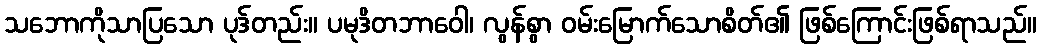
သဘောကိုသာပြသော ပုဒ်တည်း။ ပမုဒိတဘာဝေါ၊ လွန်စွာ ဝမ်းမြောက်သောစိတ်၏ ဖြစ်ကြောင်းဖြစ်ရာသည်။